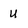
Character: u